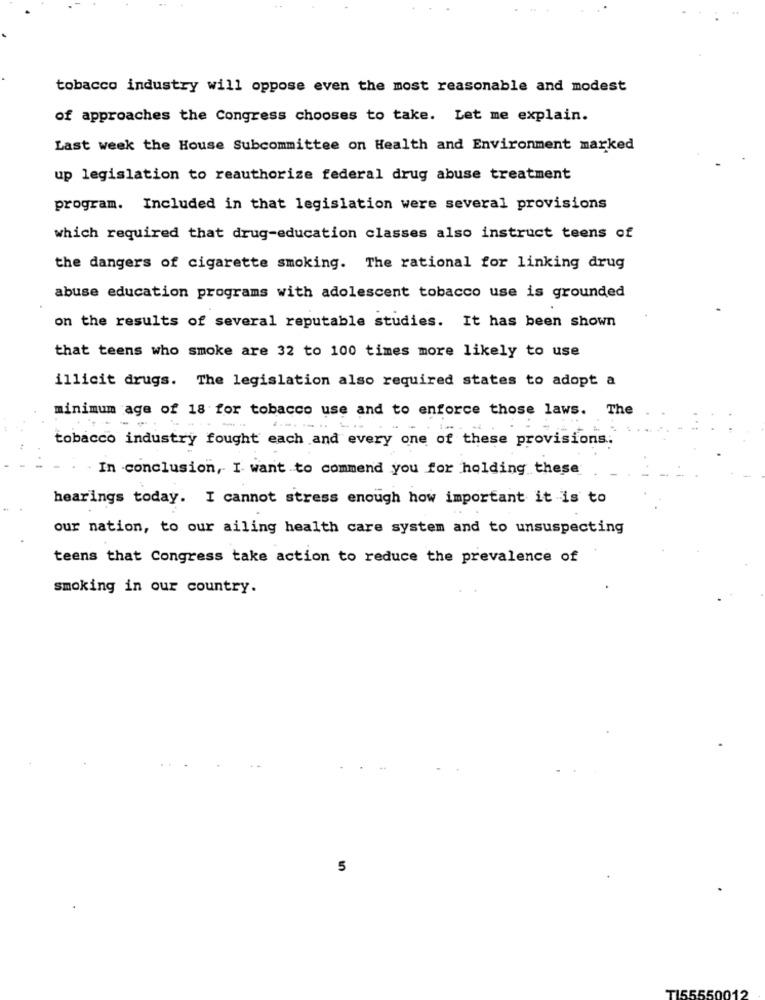
tobacco industry will oppose even the most reasonable and modest
of approaches the Congress chooses to take. Let me explain.
Last week the House Subcommittee on Health and Environment marked
up legislation to reauthorize federal drug abuse treatment
program. Included in that legislation were several provisions
which required that drug-education classes also instruct teens of
the dangers of cigarette smoking. The rational for linking drug
abuse education programs with adolescent tobacco use is grounded
on the results of several reputable studies. It has been shown
that teens who smoke are 32 to 100 times more likely to use
illicit drugs. The legislation also required states to adopt a
minimum age of 18 for tobacco use and to enforce those laws. The
tobacco industry fought each and every one of these provisions ..
In conclusion, I want to commend you for holding these
hearings today. I cannot stress enough how important it is to
our nation, to our ailing health care system and to unsuspecting
teens that Congress take action to reduce the prevalence of
smoking in our country.
5